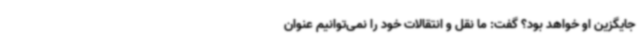
جایگزین او خواهد بود؟ گفت:‌ ما نقل و انتقالات خود را نمی‌توانیم عنوان